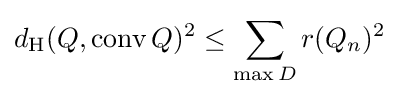
d_{\mathrm {H} }(Q,\operatorname {conv} Q)^{2}\leq \sum _{\max D}r(Q_{n})^{2}